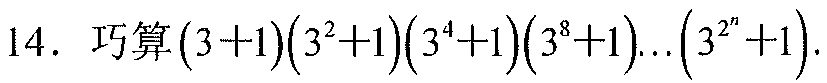
14. 巧算\((3 + 1)(3^{2}+1)(3^{4}+1)(3^{8}+1)\cdots(3^{2^{n}}+1)\).